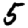
Digit: 5